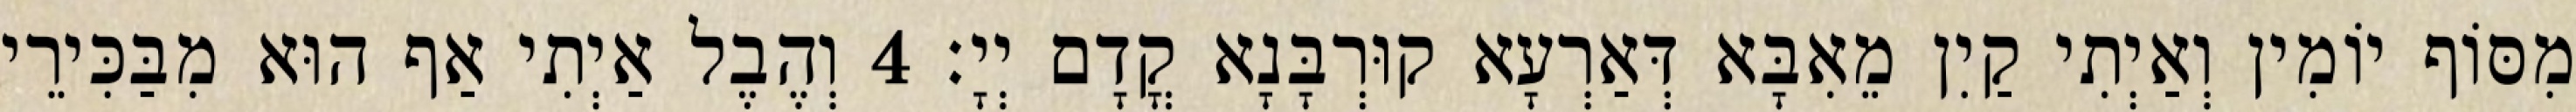
מִסּוֹף יוֹמִין וְאַיְתִי קַיִן מֵאִבָּא דְּאַרְעָא קוּרְבָּנָא קֳדָם יְיָ׃ 4 וְהֶבֶל אַיְתִי אַף הוּא מִבַּכִּירֵי